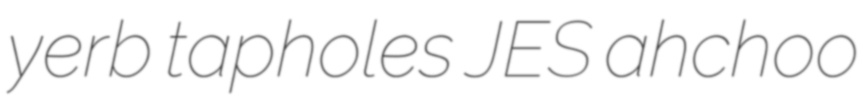
yerb tapholes JES ahchoo